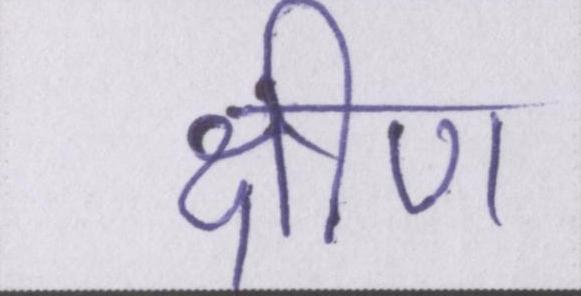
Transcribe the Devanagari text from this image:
क्षीण